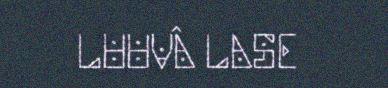
LUUVÂ LASE